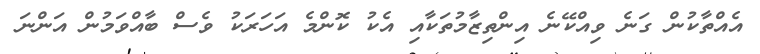
އެއްތާކުން ގަނެ ވިއްކޭނެ އިންތިޒާމުތަކާއި އެކު ކޮންމެ އަހަރަކު ވެސް ބާއްވަމުން އަންނަ